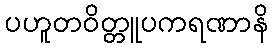
ပဟူတဝိတ္တူပကရဏာနိ